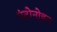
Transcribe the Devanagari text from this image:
एंटोनोइन